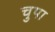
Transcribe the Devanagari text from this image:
चुपा